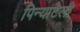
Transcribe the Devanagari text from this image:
पिन्याटेली